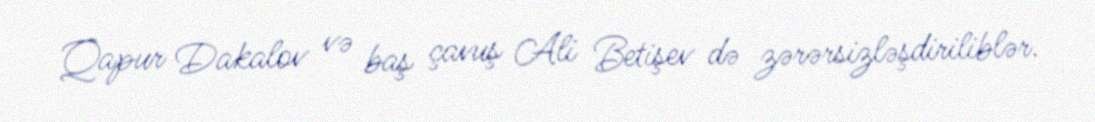
Qapur Dakalov və baş çavuş Ali Betişev də zərərsizləşdiriliblər.